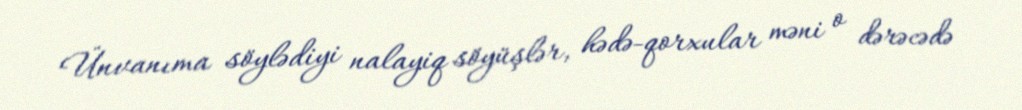
Ünvanıma söylədiyi nalayiq söyüşlər, hədə-qorxular məni o dərəcədə